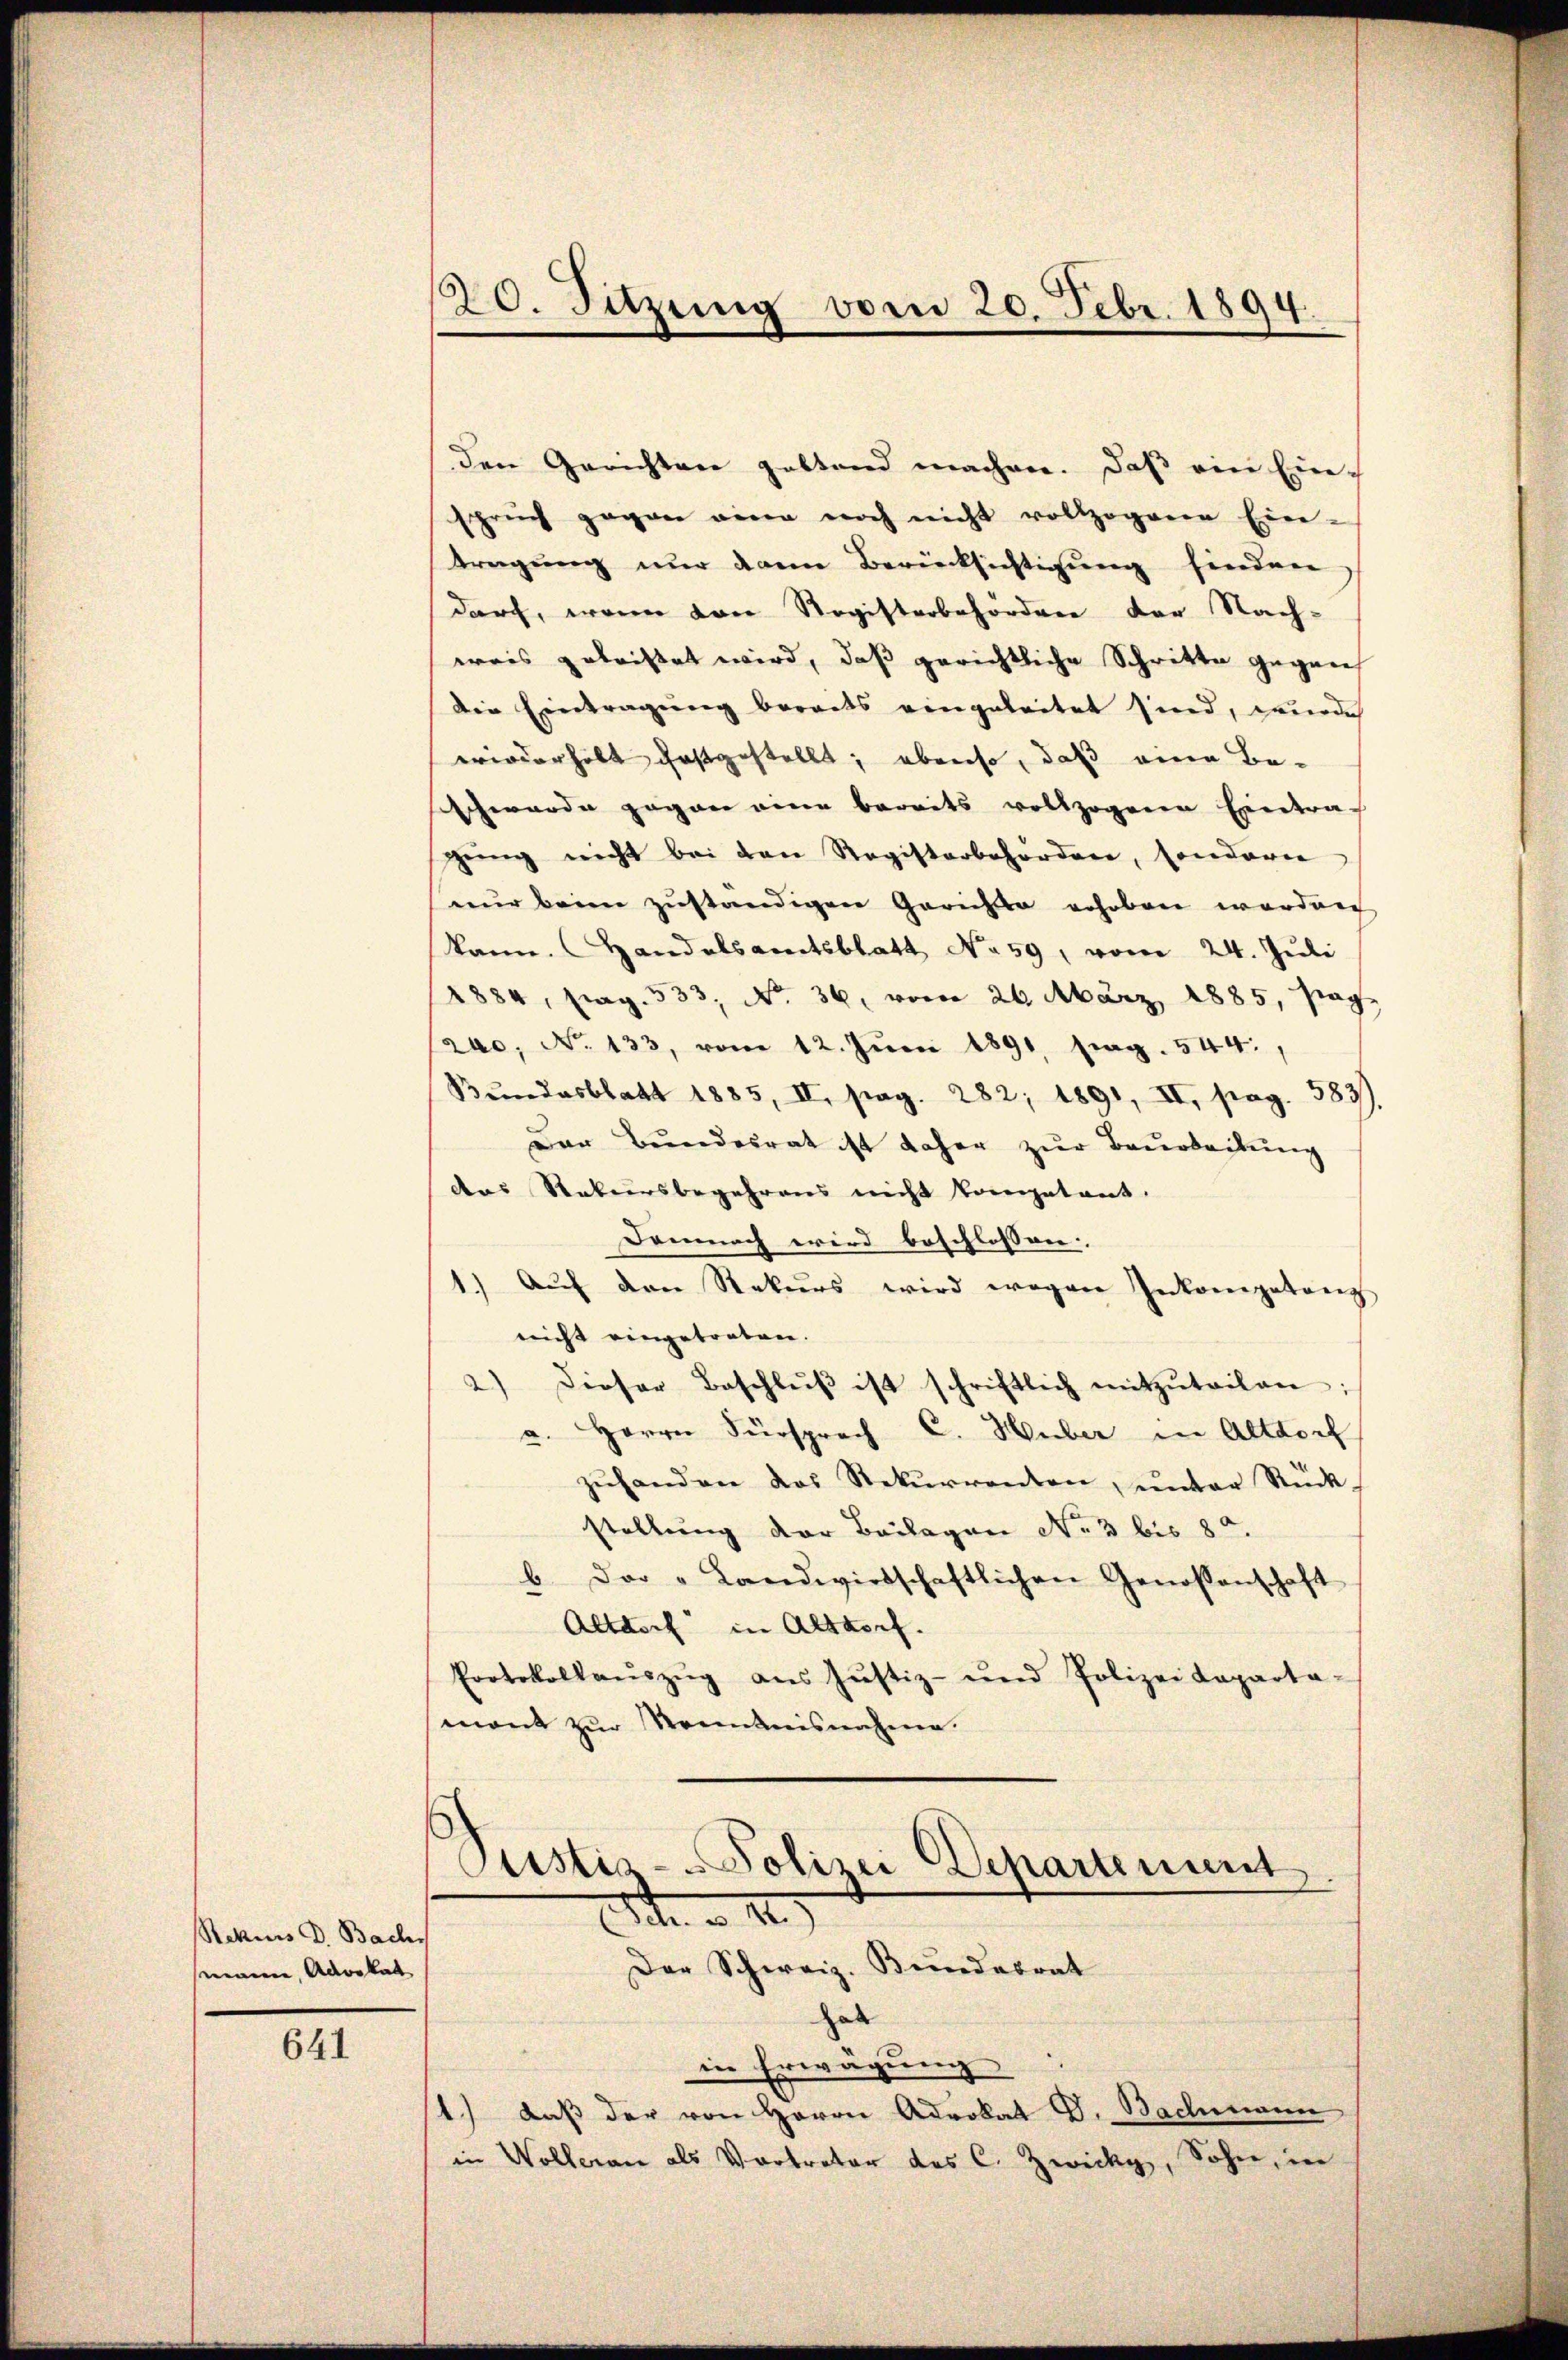
Rekurs d. Bach
nennen, Advokat

641

den Gerichten geltend machen. Daß ein Einspruch gegen eine noch nicht vollzogenen Ein-
tragung nur dann Berücksichtigung finden,
durch, wenn von Registerbehörden der Nach-
weis getriftet wird, daß gerichtliche Schritte gegen
Die Eintragung beraits eingeleitet sind, werde
wiederholt festgestellt; ebenso, daß eine Be-
schwerde gegen eine bereits vollzogenen Eintrag
gŭng nicht bei den Registorbehörden, sondern
nur beim zuständigen Gerichte erhoben worden
kann. Handelsamtsblatt No 59, vom 24. Juli
1884, pag. 533, No. 36. vom 26. März 1885, pag.
(rec. No 133, vom 12. Jŭni 1891 frag. 544,
Bundesblatt 1885, II, pag. 282; 1891, II, pag. 583
Der Bundesrat ist daher zur Baarbeitung
das Rekursbegehrens nicht kompetent.
Demnach wird beschlossen:
1.) Auf den Rekurs wird wegen Inkompetenz
nicht eingetreten.
2) Dieser Beschlŭβ ist schriftlich mitzŭteilen:
a. Herrn Fürsprach C. Huber in Altdorf
zŭhanden das Rekurrenten, ŭnter Rück
stellung der Beilagen No. 3 bis 85.
b. Der "Landwirtschaftlichen Genossenschaft
Altdorf in Altdorf.
Protokollaŭszŭg aŭs Jŭstiz- und Polizeideparta-
mant zur Senntnisnahme.

20. Sitzung vom 20. Febr. 1894.

Cistis-Polizei Departinirt.
1 n 1.
Der Schweiz. Bundesrat

a
in Erwägung
1.) daß der von Herrn Advokat G. Bachmann
in Wolleran als Vortreter des C. Zwicky, Sohn, in